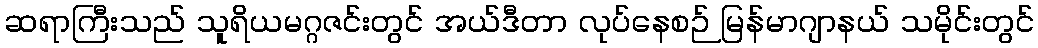
ဆရာကြီးသည် သူရိယမဂ္ဂဇင်းတွင် အယ်ဒီတာ လုပ်နေစဉ် မြန်မာဂျာနယ် သမိုင်းတွင်